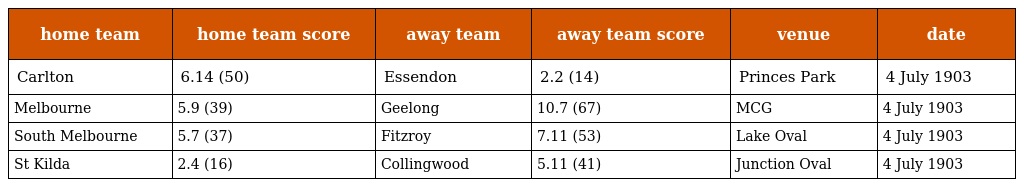
| home team | home team score | away team | away team score | venue | date |
 | --- | --- | --- | --- | --- | --- |
 | Carlton | 6.14 (50) | Essendon | 2.2 (14) | Princes Park | 4 July 1903 |
 | Melbourne | 5.9 (39) | Geelong | 10.7 (67) | MCG | 4 July 1903 |
 | South Melbourne | 5.7 (37) | Fitzroy | 7.11 (53) | Lake Oval | 4 July 1903 |
 | St Kilda | 2.4 (16) | Collingwood | 5.11 (41) | Junction Oval | 4 July 1903 |